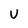
Character: V